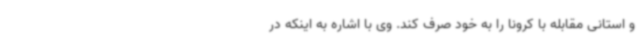
و استانی مقابله با کرونا را به خود صرف کند. وی با اشاره به اینکه در